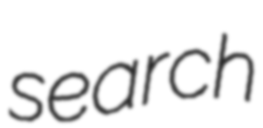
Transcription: search